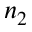
n _ { 2 }